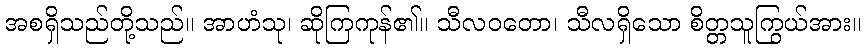
အစရှိသည်တို့သည်။ အာဟံသု၊ ဆိုကြကုန်၏။ သီလဝတော၊ သီလရှိသော စိတ္တသူကြွယ်အား။